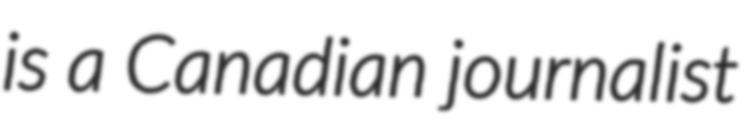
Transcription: is a Canadian journalist